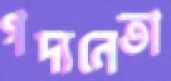
গদ্যনেতা